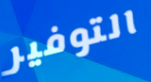
التوفير